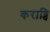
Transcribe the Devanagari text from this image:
कराय्चि